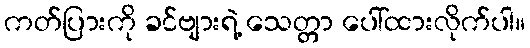
ကတ်ပြားကို ခင်ဗျားရဲ့ သေတ္တာ ပေါ်ထားလိုက်ပါ။